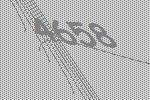
4658